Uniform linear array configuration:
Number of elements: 8
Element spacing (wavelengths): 0.5
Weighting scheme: hann
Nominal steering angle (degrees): -30
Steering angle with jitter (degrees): -28.979
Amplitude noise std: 0.05
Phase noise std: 0.05

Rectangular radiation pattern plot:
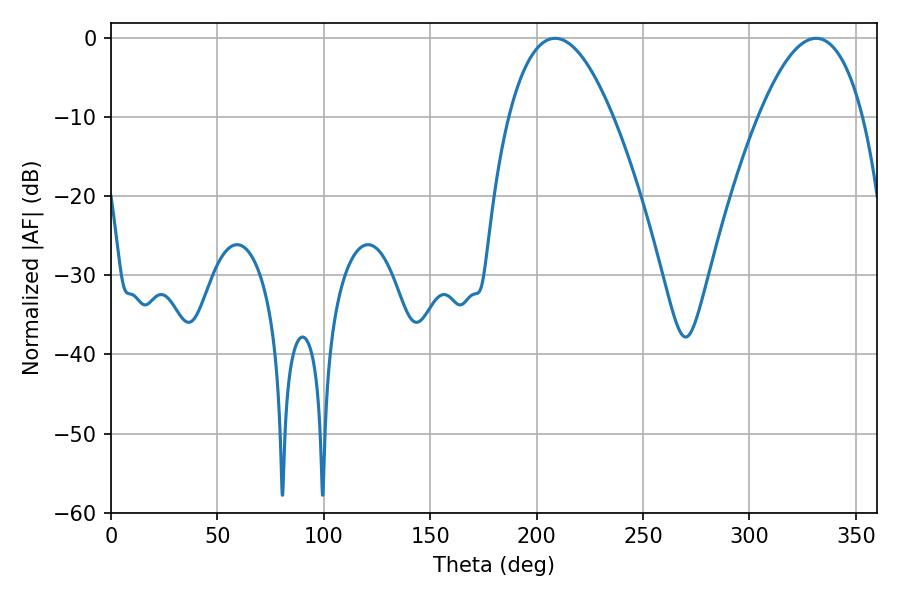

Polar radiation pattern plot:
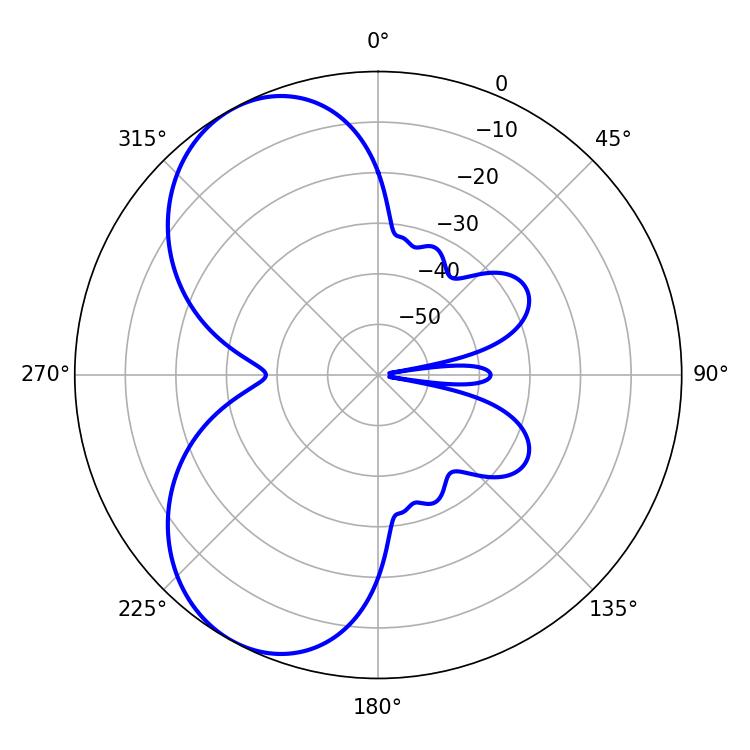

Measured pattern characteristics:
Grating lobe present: FALSE
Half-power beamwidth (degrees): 27
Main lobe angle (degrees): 208.62